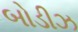
બોડીઝ